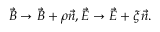
\begin{array} { c } { { \vec { B } \rightarrow \vec { B } + \rho \vec { n } , \vec { E } \rightarrow \vec { E } + \xi \vec { n } . } } \end{array}